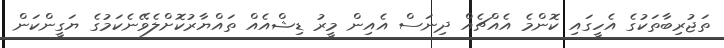
ތަޖުރިބާތަކުގެ އެހީގައި ކޮންމެ އެއްޗެއް ދިނަސް އެއިން މީރު ޑިޝްއެއް ތައްޔާރުކޮށްލެވޭނެކަމުގެ ޔަގީންކަން